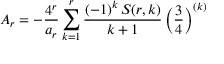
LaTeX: A _ { r } = - { \frac { 4 ^ { r } } { a _ { r } } } \sum _ { k = 1 } ^ { r } { \frac { ( - 1 ) ^ { k } \, S ( r , k ) } { k + 1 } } \left( { \frac { 3 } { 4 } } \right) ^ { ( k ) }